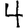
Digit: 4